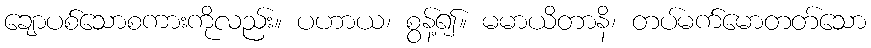
ချောပစ်သောစကားကိုလည်း။ ပဟာယ၊ စွန့်၍။ မမာယိတာနိ၊ တပ်မက်မောတတ်သော